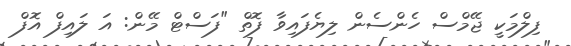
ފިލްމަކީ ޖޭމްސް ހެންސެން ލިޔެފައިވާ ފޮތް "ފަސްޓް މޭން: އަ ލައިފް އޮފް